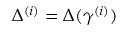
\Delta ^ { ( i ) } = \Delta ( \gamma ^ { ( i ) } )